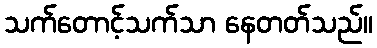
သက်တောင့်သက်သာ နေတတ်သည်။